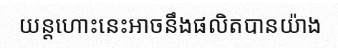
យន្តហោះនេះអាចនឹងផលិតបានយ៉ាង